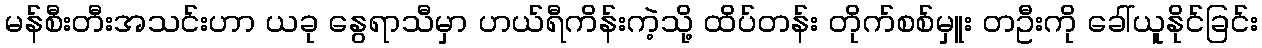
မန်စီးတီးအသင်းဟာ ယခု နွေရာသီမှာ ဟယ်ရီကိန်းကဲ့သို့ ထိပ်တန်း တိုက်စစ်မှူး တဦးကို ခေါ်ယူနိုင်ခြင်း